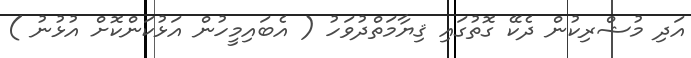
އަދި މުޝްރިކުން ދެކޭ ގޮތުގައި ޤިޔާމަތްދުވަހު ( އެބައިމީހުން އަޅުކަންކޮށް އުޅުނު )